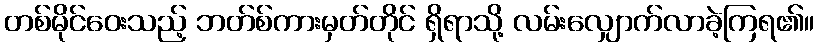
တစ်မိုင်ဝေးသည့် ဘတ်စ်ကားမှတ်တိုင် ရှိရာသို့ လမ်းလျှောက်လာခဲ့ကြရ၏။